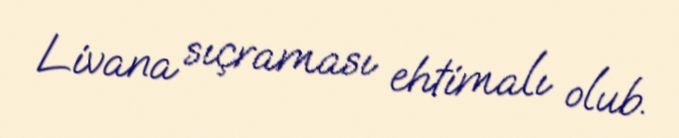
Livana sıçraması ehtimalı olub.